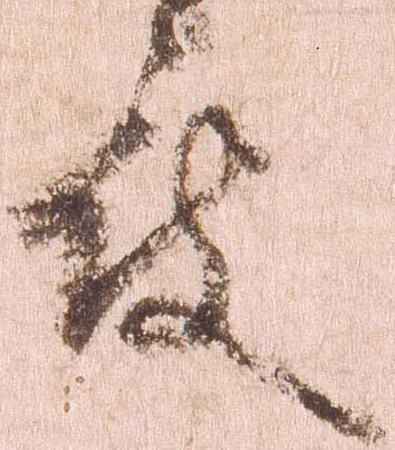
被